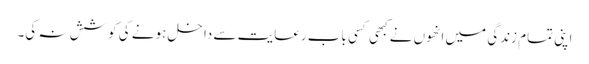
اپنی تمام زندگی میں انھوں نے کبھی کسی باب رعایت سے داخل ہونے کی کوشش نہ کی۔